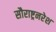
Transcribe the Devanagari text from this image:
सौराष्ट्रनरेश